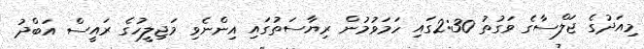
މިއަދުގެ ޖަލްސާގެ ވަގުތު 2:30ގައި ހަމަވުމުން ރިޔާސަތުގައި އިންނެވި މަޖިލީހުގެ ރައީސް އަބްދު